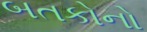
બતકોનો